Sketch of the medical history of the native army of Bombay, for the year
Year: 1875
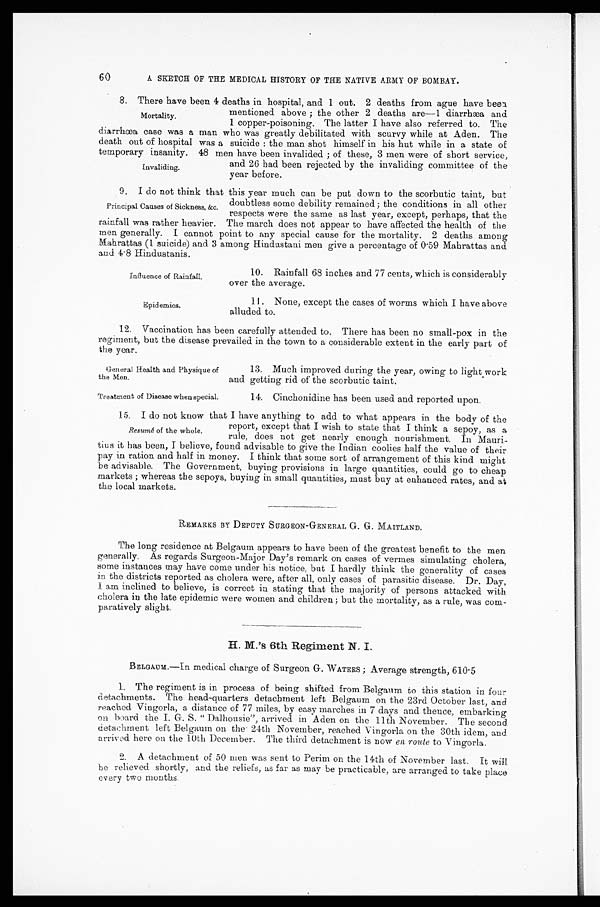
Influence of Rainfall.
Epidemics.
60
A SKETCH OF THE MEDICAL HISTORY OF THE NATIVE ARMY OF BOMBAY.
8. There have been 4 deaths in hospital, and 1 out. 2 deaths from ague have been
mentioned above; the other 2 deaths are—1 diarrhæa and
1 copper-poisoning, The latter I have also referred to. The
diarrhœa case was a man who was greatly debilitated with scurvy while at Aden. The
death out of hospital was a suicide: the man shot himself in his hut while in a state of
temporary insanity. 48 men have been invalided; of these, 3 men were of short service,
and 26 had been rejected by the invaliding committee of the
year before.
9. I do not think that this year much can be put down to the scorbutic taint, but
doubtless some debility remained; the conditions in all other
respects were the same as last year, except, perhaps, that the
rainfall was rather heavier. The march does not appear to have affected the health of the
men generally. cannot point to any special cause for the mortality. 2 deaths among
Mahrattas (1 suicide) and 3 among Hindustani men give a percentage of 0.59 Mahrattas and
and 4.8 Hindustanis.
Mortality.
Invaliding.
Principal Causes of Sickness, &c.
10. Rainfall 68 inches and 77 cents, which is considerably
over the average.
11. None, except the cases of worms which I have above
alluded to.
12. Vaccination has been carefully attended to. There has been no small-pox in the
regiment, but the disease prevailed in the town to a considerable extent in the early part of
he year.
General Health and Physique of
the Men.
Treatment of Disease when special.
13. Much improved during the year, owing to light work
and getting rid of the scorbutic taint.
14. Cinchonidine has been used and reported upon.
15. I do not know that I have anything to add to what appears in the body of the
report, except that I wish to state that I think a sepoy, as a
rule, does not get nearly enough nourishment. In Mauri
-
tius it has been, I believe, found advisable to give the Indian coolies half the value of their
pay in ration and half in money. I think that some sort of arrangement of this kind might
be advisable. The Government, buying provisions in large quantities, could go to cheap
markets; whereas the sepoys, buying in small quantities, must buy at enhanced rates, and at
the local markets.
REMARKS BY DEPUTY SURGEON-GENERAL G. G. MAITLAND.
The long residence at Belgaum appears to have been of the greatest benefit to the men
generally. As regards Surgeon-Major Day's remark on cases of vermes simulating cholera,
some instances may have come under his notice, but I hardly think the generality of cases
in the districts reported as cholera were, after all, only cases of parasitic disease. Dr. Day,
I am inclined to believe, is correct in stating that the majority of persons attacked with
cholera in the late epidemic were women and children; but the mortality, as a rule, was com
-
paratively slight.
H. M.'s 6th Regiment N. I.
BELGAUM.—In medical charge of Surgeon G. W ATERS; Average strength, 610.5
1. The regiment is in process of being shifted from Belgaum to this station in four
detachments. The head-quarters detachment left Belgaum on the 23rd October last, and
reached Vingorla, a distance of 77 miles, by easy marches in 7 days and thence, embarking
on board the I. G. S. "Dalhousie", arrived in Aden on the 11th November. The second
detachment left Belgaum on the 24th November, reached Vingorla on the 30th idem, and
arrived here on the 10th December. The third detachment is now en route to Vingorla.
2. A detachment of 50 men was sent to Perim on the 14th of November last. It will
be relieved shortly, and the reliefs, as far as may he practicable, are arranged to take place
every two Mouths
Resumé of the whole.